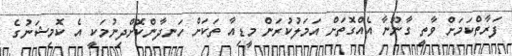
ފަރާތްކަމަށް ވާތީ ގާނޫނާ އެއްގޮތަށް އަމަލުކުރަން މީޑިއާ ތަކަށް ހަނދާންކޮށްދިނުމަކީ އެ ކޮމިޝަނުގެ